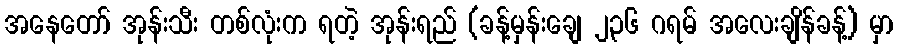
အနေတော် အုန်းသီး တစ်လုံးက ရတဲ့ အုန်းရည် (ခန့်မှန်းချေ ၂၃၆ ဂရမ် အလေးချိန်ခန့်) မှာ